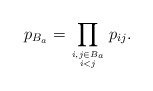
\begin{gather*}p_{B_{a}}= \prod_{i,j \in B_{a} \atop i < j} p_{ij}.\end{gather*}